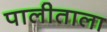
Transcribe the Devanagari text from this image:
पालीताला